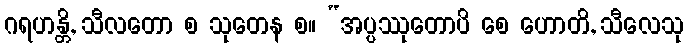
ဂရဟန္တိ, သီလတော စ သုတေန စ။ “အပ္ပဿုတောပိ စေ ဟောတိ, သီလေသု